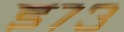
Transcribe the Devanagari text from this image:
इ७३